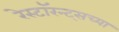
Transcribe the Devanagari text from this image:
रेस्टॉरन्ट्सच्या